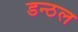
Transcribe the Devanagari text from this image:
डन्ठल